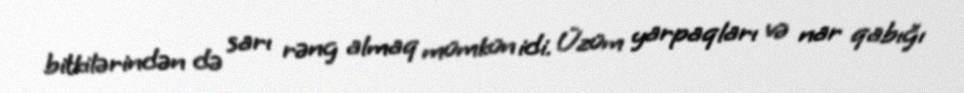
bitkilərindən də sarı rəng almaq mümkün idi. Üzüm yarpaqları və nar qabığı